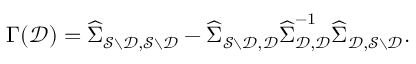
\Gamma ( \mathcal { D } ) = \widehat { { \boldsymbol \Sigma } } _ { \mathcal { S } \setminus \mathcal { D } , \mathcal { S } \setminus \mathcal { D } } - \widehat { { \boldsymbol \Sigma } } _ { \mathcal { S } \setminus \mathcal { D } , \mathcal { D } } \widehat { { \boldsymbol \Sigma } } _ { \mathcal { D } , \mathcal { D } } ^ { - 1 } \widehat { { \boldsymbol \Sigma } } _ { \mathcal { D } , \mathcal { S } \setminus \mathcal { D } } .